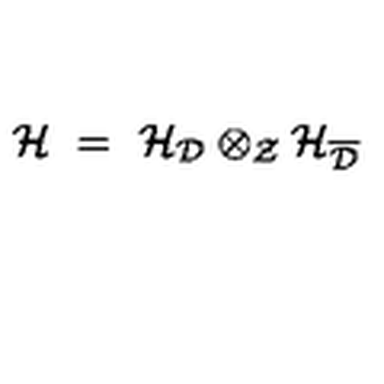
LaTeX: { \mathcal H } \ = \ { \mathcal H } _ { { \mathcal D } } \otimes _ { { \mathcal Z } } { \mathcal H } _ { \overline { { { \mathcal D } } } }